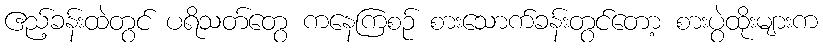
ဧည့်ခန်းထဲတွင် ပရိသတ်တွေ ကနေကြစဉ် စားသောက်ခန်းတွင်တော့ စားပွဲထိုးများက